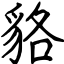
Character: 貉